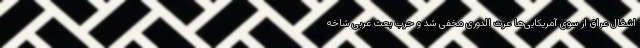
اشغال عراق از سوی آمریکایی‌ها عزت الدوری مخفی شد و حزب بعث عربی شاخه